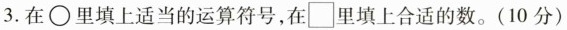
3.在\bigcirc里填上适当的运算符号，在\square里填上合适的数。（10分）